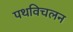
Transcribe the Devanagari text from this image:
पथविचलन